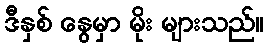
ဒီနှစ် နွေမှာ မိုး များသည်။